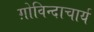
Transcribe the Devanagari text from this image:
ग़ोविन्दाचार्य